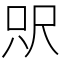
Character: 𰍵